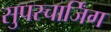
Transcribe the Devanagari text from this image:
सुपरचार्जिंग